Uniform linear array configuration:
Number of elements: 12
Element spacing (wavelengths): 1
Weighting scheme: blackman
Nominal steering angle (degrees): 30
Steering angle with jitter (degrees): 28.007
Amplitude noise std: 0.05
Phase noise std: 0.05

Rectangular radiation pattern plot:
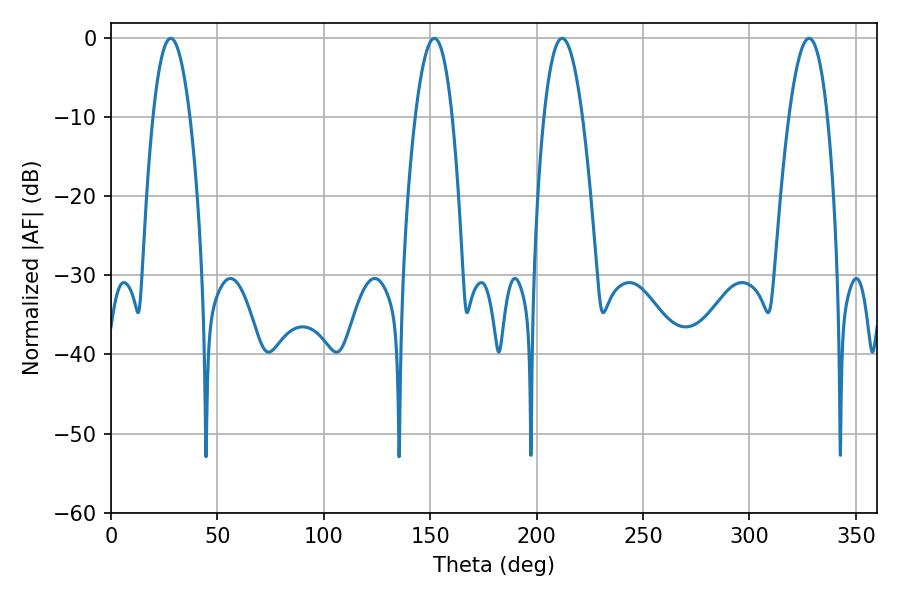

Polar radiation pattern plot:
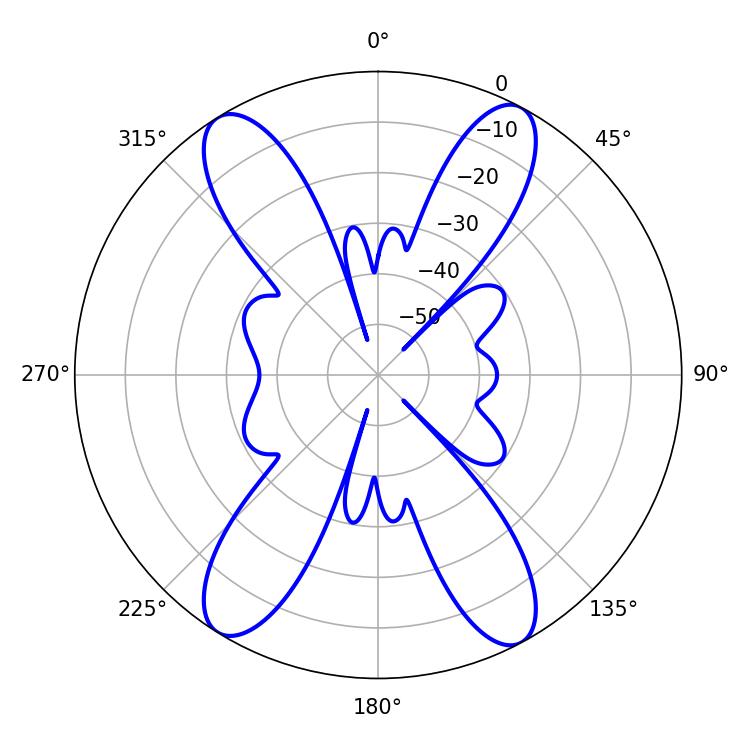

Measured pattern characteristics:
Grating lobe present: TRUE
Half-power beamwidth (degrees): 9.54
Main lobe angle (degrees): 28.08